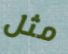
مثل